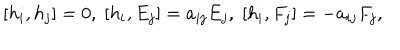
LaTeX: [ h _ { i } , h _ { j } ] = 0 , \; [ h _ { i } , E _ { j } ] = a _ { i j } E _ { j } , \; [ h _ { i } , F _ { j } ] = - a _ { i j } F _ { j } ,